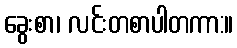
ခွေးစာ၊ လင်းတစာပါတကာ:။